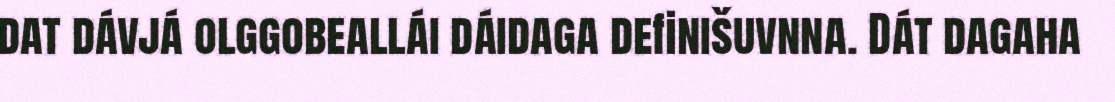
dat dávjá olggobeallái dáidaga definišuvnna. Dát dagaha